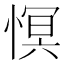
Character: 慏